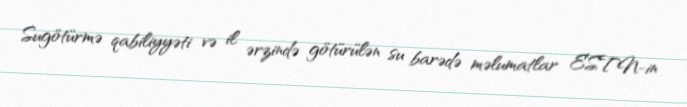
Sugötürmə qabiliyyəti və il ərzində götürülən su barədə məlumatlar ESTN-in